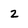
Character: 2